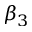
\beta _ { 3 }